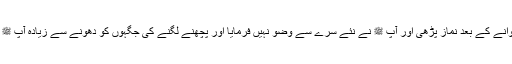
نبی ﷺ نے پچھنے لگوانے کے بعد نماز پڑھی اور آپ ﷺ نے نئے سرے سے وضو نہیں فرمایا اور پچھنے لگنے کی جگہوں کو دھونے سے زیادہ آپ ﷺ نے کچھ اور نہیں کیا۔